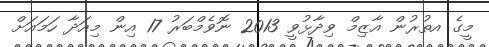
މީގެ އތުރުން އާޒިމް ވިދާޅުވީ 2013 ނޮވެމްބަރު 17 އިން މިއަދާ ހަމައަށް